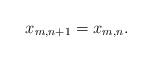
\begin{align*}x_{m,n+1}=x_{m,n}.\end{align*}